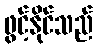
ဖွင့်နိုင်သည်